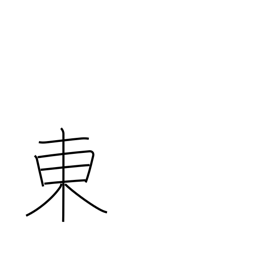
Meaning: east